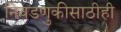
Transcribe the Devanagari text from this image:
निवडणुकीसाठीही